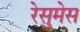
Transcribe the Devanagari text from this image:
रेसुमेस